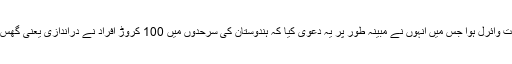
بی جے پی صدر امت شاہ کے تعلق سے سوشل میڈیا میں ان کا وہ بیان بہت وائرل ہوا جس میں انہوں نے مبینہ طور پر یہ دعویٰ کیا کہ ہندوستان کی سرحدوں میں 100 کروڑ افراد نے دراندازی یعنی گھس پیٹھ کی ہے جو ہندوستان کے مستقبل کو دیمک کی طرح چاٹ رہے ہیں۔